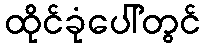
ထိုင်ခုံပေါ်တွင်